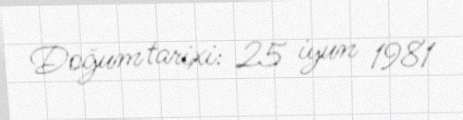
Doğum tarixi: 25 iyun 1981